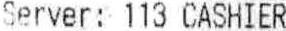
SERVER: 113 CASHIER